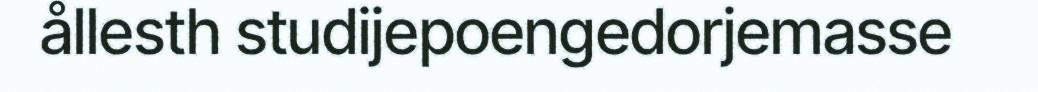
ållesth studijepoengedorjemasse